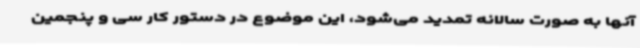
آنها به صورت سالانه تمدید می‌شود، این موضوع در دستور کار سی و پنجمین